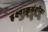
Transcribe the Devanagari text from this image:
इक्ष्वाकुवंशीय।